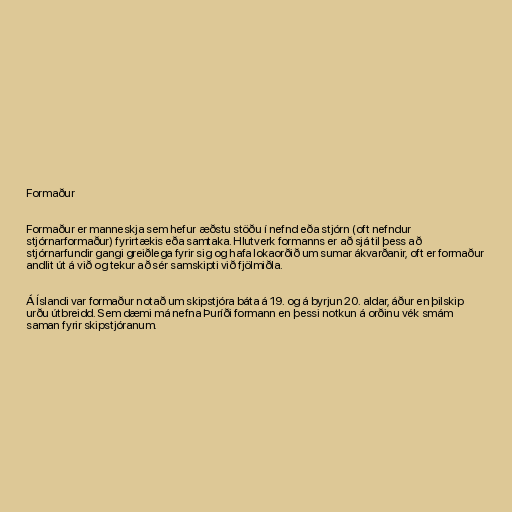
Formaður

Formaður er manneskja sem hefur æðstu stöðu í nefnd eða stjórn (oft nefndur
stjórnarformaður) fyrirtækis eða samtaka. Hlutverk formanns er að sjá til þess að
stjórnarfundir gangi greiðlega fyrir sig og hafa lokaorðið um sumar ákvarðanir, oft er formaður
andlit út á við og tekur að sér samskipti við fjölmiðla.

Á Íslandi var formaður notað um skipstjóra báta á 19. og á byrjun 20. aldar, áður en þilskip
urðu útbreidd. Sem dæmi má nefna Þuríði formann en þessi notkun á orðinu vék smám
saman fyrir skipstjóranum.